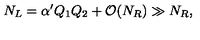
N _ { L } = \alpha ^ { \prime } Q _ { 1 } Q _ { 2 } + { \cal O } ( N _ { R } ) \gg N _ { R } ,